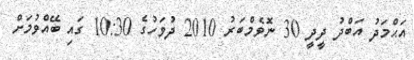
އަޙްމަދު އަބްދު ދީދީ 30 ނޮވެމްބަރު 2010 ދުވަހުގެ 10:30 ގައި ބޭއްވުމަށް